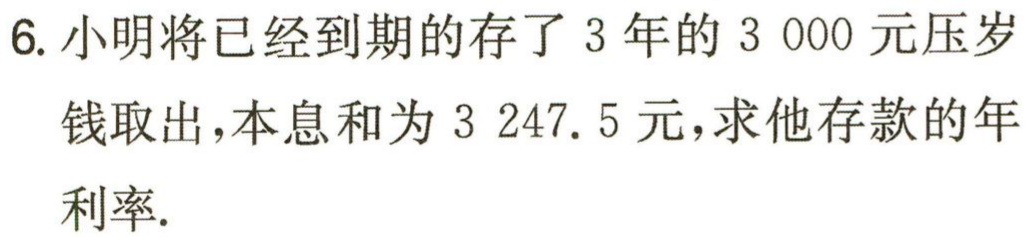
6. 小明将已经到期的存了 3 年的 3 000 元压岁钱取出，本息和为 3 247. 5 元，求他存款的年利率.